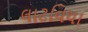
લાટવિયા